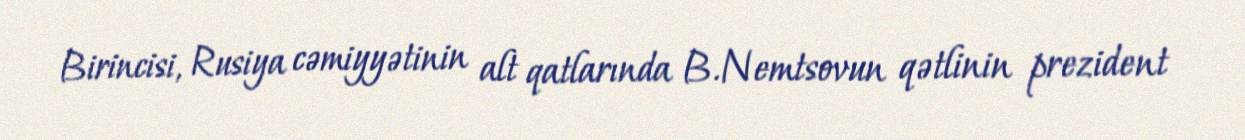
Birincisi, Rusiya cəmiyyətinin alt qatlarında B.Nemtsovun qətlinin prezident